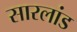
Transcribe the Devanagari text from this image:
सारलांड